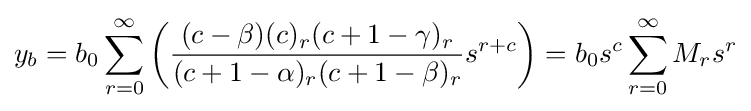
y_{b}=b_{0}\sum _{r=0}^{\infty }{\left({\frac {(c-\beta )(c)_{r}(c+1-\gamma )_{r}}{(c+1-\alpha )_{r}(c+1-\beta )_{r}}}s^{r+c}\right)}=b_{0}s^{c}\sum _{r=0}^{\infty }{M_{r}s^{r}}